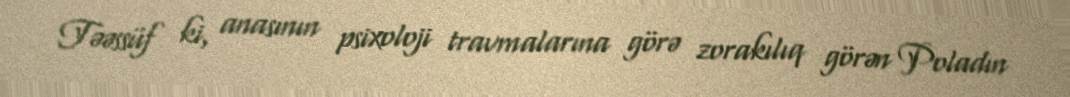
Təəssüf ki, anasının psixoloji travmalarına görə zorakılıq görən Poladın